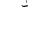
Letter: _non